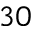
^ { 3 0 }